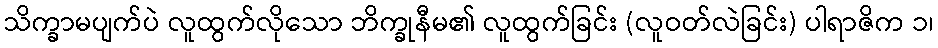
သိက္ခာမပျက်ပဲ လူထွက်လိုသော ဘိက္ခုနီမ၏ လူထွက်ခြင်း (လူဝတ်လဲခြင်း) ပါရာဇိက ၁၊